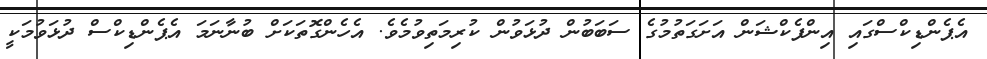
އެޕެންޑިކްސްގައި އިންފެކްޝަން އަށަގަތުމުގެ ސަބަބުން ދުޅަވުން ކުރިމަތިވުމެވެ. އެހެންގޮތަކަށް ބުނާނަމަ އެޕެންޑިކްސް ދުޅަވުމަކީ